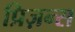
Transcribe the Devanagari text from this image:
प्रिज़न्स